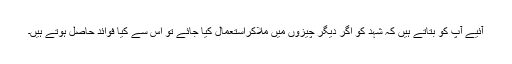
آئیے آپ کو بتاتے ہیں کہ شہد کو اگر دیگر چیزوں میں ملاکراستعمال کیا جائے تو اس سے کیا فوائد حاصل ہوتے ہیں۔